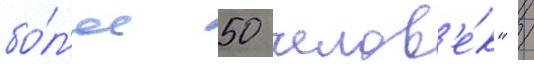
бо́л'ее 50 челов'е́к" /